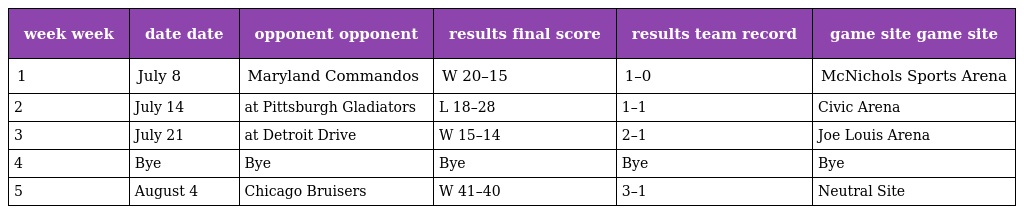
| week week | date date | opponent opponent | results final score | results team record | game site game site |
 | --- | --- | --- | --- | --- | --- |
 | 1 | July 8 | Maryland Commandos | W 20–15 | 1–0 | McNichols Sports Arena |
 | 2 | July 14 | at Pittsburgh Gladiators | L 18–28 | 1–1 | Civic Arena |
 | 3 | July 21 | at Detroit Drive | W 15–14 | 2–1 | Joe Louis Arena |
 | 4 | Bye | Bye | Bye | Bye | Bye |
 | 5 | August 4 | Chicago Bruisers | W 41–40 | 3–1 | Neutral Site |